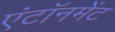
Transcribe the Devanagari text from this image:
एंटॉनमेंट